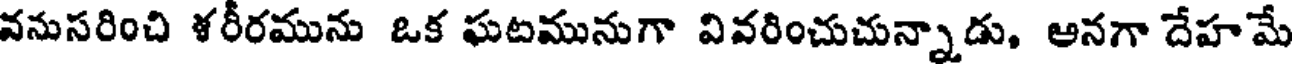
వనుసరించి ళరీరమును ఒక ఘటమునుగా వివరించుచున్నాడు, ఆనగా దేహమే